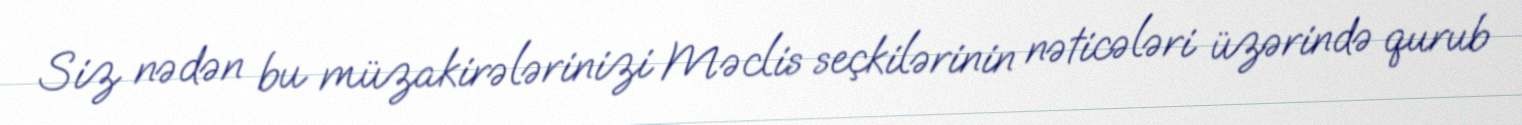
Siz nədən bu müzakirələrinizi Məclis seçkilərinin nəticələri üzərində qurub